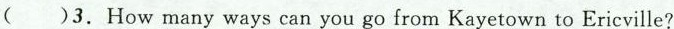
( )3. How many ways can you go from Kayetown to Ericville?